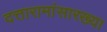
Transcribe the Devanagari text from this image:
दत्तारामांसारख्या